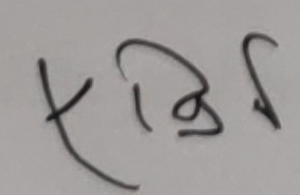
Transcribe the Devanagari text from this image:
एकिकृत